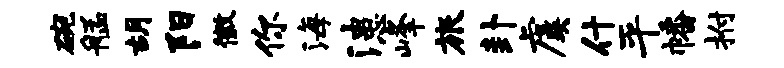
碗艋胡阳徽你海漶峰旅卦虞什平幡拊